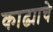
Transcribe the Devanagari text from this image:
काढ्याचे